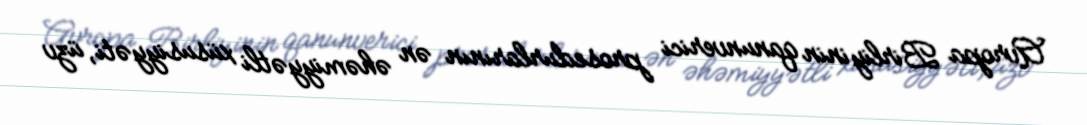
Avropa Birliyinin qanunverici prosedurlarının ən əhəmiyyətli xüsusiyyəti, üzv